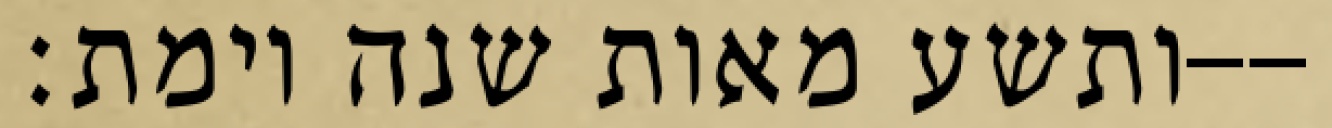
ותשע מאות שנה וימת׃--